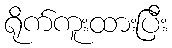
ရိုက်ကူးထားပြီး